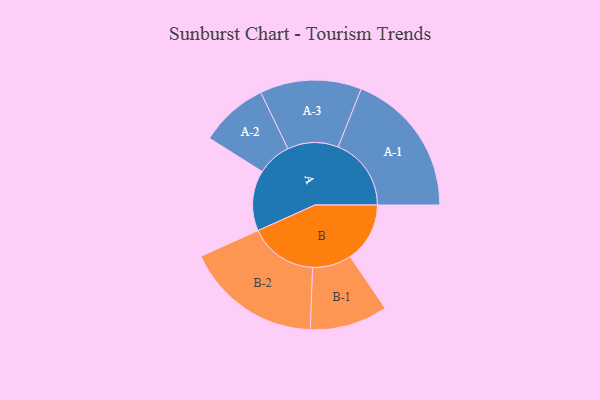
{"axis": {"x": "Segment", "y": "Value"}, "legend": ["", "A", "B"], "data": [{"x": "A", "y": 230, "type": ""}, {"x": "B", "y": 227, "type": ""}, {"x": "A-1", "y": 278, "type": "A"}, {"x": "A-2", "y": 130, "type": "A"}, {"x": "A-3", "y": 193, "type": "A"}, {"x": "B-1", "y": 148, "type": "B"}, {"x": "B-2", "y": 259, "type": "B"}]}